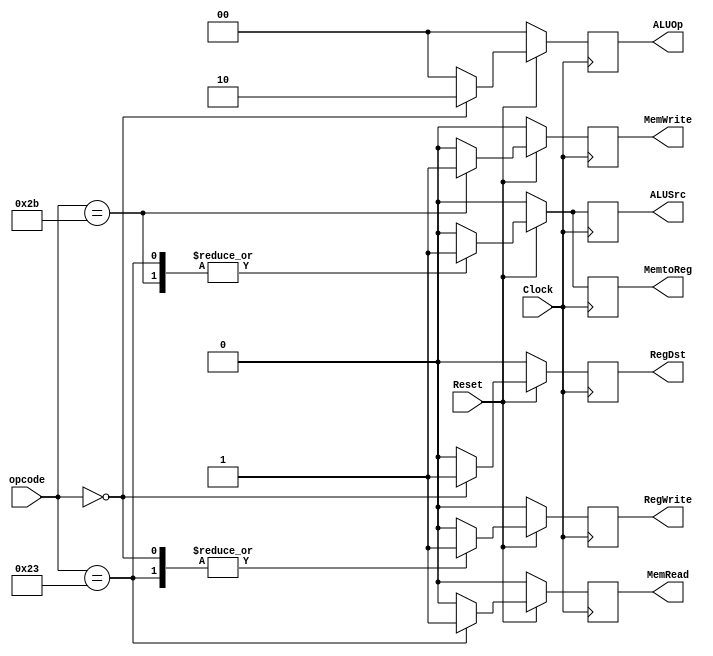
module ControlUnit(Clock,Reset,opcode,RegDst,ALUSrc,MemtoReg,MemWrite,MemRead,ALUOp,RegWrite);
input wire [5:0] opcode; 
input Clock , Reset ;  // Reset : 0 --> on | 1--> off
// wires
output wire RegDst,ALUSrc,MemtoReg,MemWrite,MemRead,RegWrite;
output wire [1:0] ALUOp;
// reg type
 reg reg_RegDst,reg_ALUSrc,reg_MemtoReg,reg_MemWrite,reg_MemRead,reg_RegWrite;
 reg [1:0] reg_ALUOp;
	reg [5:0] reset_opcode ;
//	    opcode,  // 6-bit opcode from the instruction
//     RegDst,      // Control signal for selecting the destination register
//     ALUSrc,      // Control signal for ALU source selection (0 for register, 1 for immediate)
//     MemtoReg,    // Control signal for selecting the source for register write data
//     MemWrite,    // Control signal for memory write
//     MemRead,     // Control signal for memory read
//     Branch,      // Control signal for branching
//     ALUOp,       // Control signal for ALU operation
//     RegWrite     // Control signal for register write
//     reset_reg    // will handle the default value if the reset is on 


always @(posedge Clock)
begin
	if(Reset==1'b0)
	reset_opcode <=6'b111000; // this bits will call the default value and make the control unit reset
	else
	reset_opcode <=opcode;
	
end 




always @(posedge Clock) 

	if(Reset==1'b0)begin 
	 // defualt value we can use it if we will implement reset or unsupported instructions
		 reg_ALUSrc = 1'b0;
		 reg_RegWrite = 1'b0;
       reg_MemtoReg = 1'b0;
       reg_MemWrite = 1'b0;
       reg_MemRead = 1'b0;
       reg_ALUOp = 2'b00;
       reg_RegDst = 1'b0;
end
	
	
	else begin
	case(opcode)
	
	6'b000000:begin 
		// R-type instruction 
       reg_ALUSrc = 1'b0;
		 reg_RegWrite = 1'b1;
       reg_MemtoReg = 1'b0;
      reg_MemWrite = 1'b0;
       reg_MemRead = 1'b0;
       reg_ALUOp = 2'b10;
       reg_RegDst = 1'b1;
	
	end
	
		6'b100011:begin 
		// load instruction 
       reg_ALUSrc = 1'b1;
		 reg_RegWrite = 1'b1;
       reg_MemtoReg = 1'b1;
       reg_MemWrite = 1'b0;
       reg_MemRead = 1'b1;
       reg_ALUOp = 2'b00;
       reg_RegDst = 1'b0;
	
	end
	
	   6'b101011:begin 
		// store instruction 
       reg_ALUSrc = 1'b1;
		 reg_RegWrite = 1'b0;
       reg_MemtoReg = 1'b1;
       reg_MemWrite = 1'b1;
       reg_MemRead = 1'b0;
       reg_ALUOp = 2'b00;
       reg_RegDst = 1'b0;
	
	end
	// we can here add two cases for branch and jump control signals 
	
	default : begin 
	 // defualt value we can use it if we will implement reset or unsupported instructions
		 reg_ALUSrc = 1'b0;
		 reg_RegWrite = 1'b0;
       reg_MemtoReg = 1'b0;
       reg_MemWrite = 1'b0;
       reg_MemRead = 1'b0;
       reg_ALUOp = 2'b00;
       reg_RegDst = 1'b0;
	
	

end

endcase
end

// assign the output wires 
assign RegDst = reg_RegDst;
assign ALUSrc = reg_ALUSrc;
assign MemtoReg = reg_MemtoReg;
assign MemWrite = reg_MemWrite;
assign MemRead = reg_MemRead;
assign RegWrite = reg_RegWrite;
assign ALUOp = reg_ALUOp;

endmodule